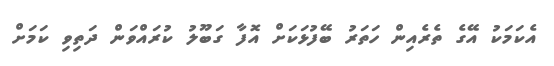
އެކަމަކު އޭގެ ތެރެއިން ހަތަރު ބޭފުޅަކަށް އޮފާ ގަބޫލު ކުރައްވަން ދަތިވި ކަމަށް